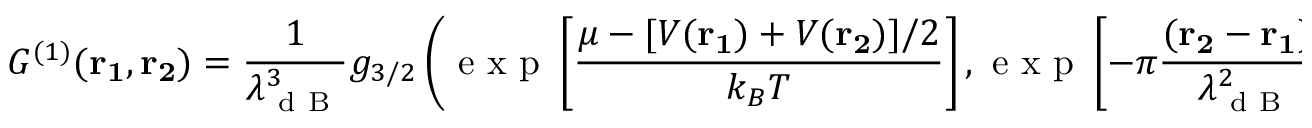
{ G ^ { ( 1 ) } } ( \mathbf { r _ { 1 } , r _ { 2 } } ) = \frac { 1 } { \lambda _ { \mathrm { ~ d ~ B ~ } } ^ { 3 } } g _ { 3 / 2 } \left( \mathrm { ~ e ~ x ~ p ~ } \left[ \frac { \mu - [ V ( \mathbf { r _ { 1 } } ) + V ( \mathbf { r _ { 2 } } ) ] / 2 } { k _ { B } T } \right] , \mathrm { ~ e ~ x ~ p ~ } \left[ - \pi \frac { ( \mathbf { r _ { 2 } - r _ { 1 } } ) ^ { 2 } } { \lambda _ { \mathrm { ~ d ~ B ~ } } ^ { 2 } } \right] \right) ,